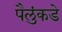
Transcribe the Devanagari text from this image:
पैलुंकडे